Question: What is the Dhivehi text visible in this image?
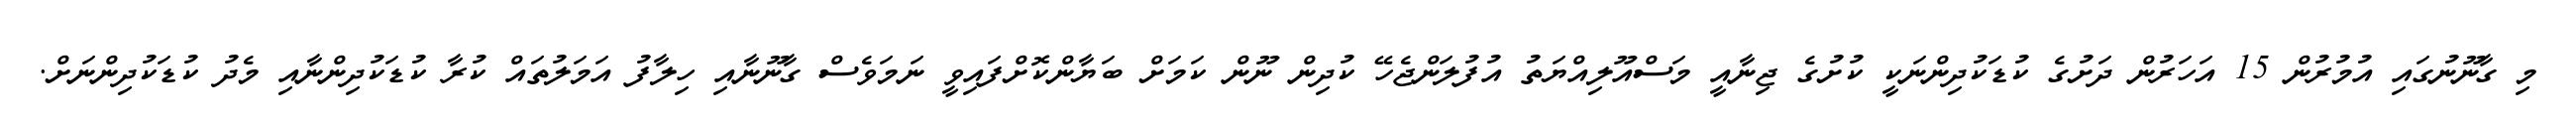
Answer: މި ގާނޫނުގައި އުމުރުން 15 އަހަރުން ދަށުގެ ކުޑަކުދިންނަކީ ކުށުގެ ޖިނާއީ މަސްއޫލިއްޔަތު އުފުލަންޖެހޭ ކުދިން ނޫން ކަމަށް ބަޔާންކޮށްފައިވީ ނަމަވެސް ގާނޫނާއި ހިލާފު އަމަލުތައް ކުރާ ކުޑަކުދިންނާއި މެދު ކުޑަކުދިންނަށް.